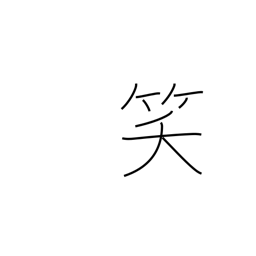
Meaning: laugh